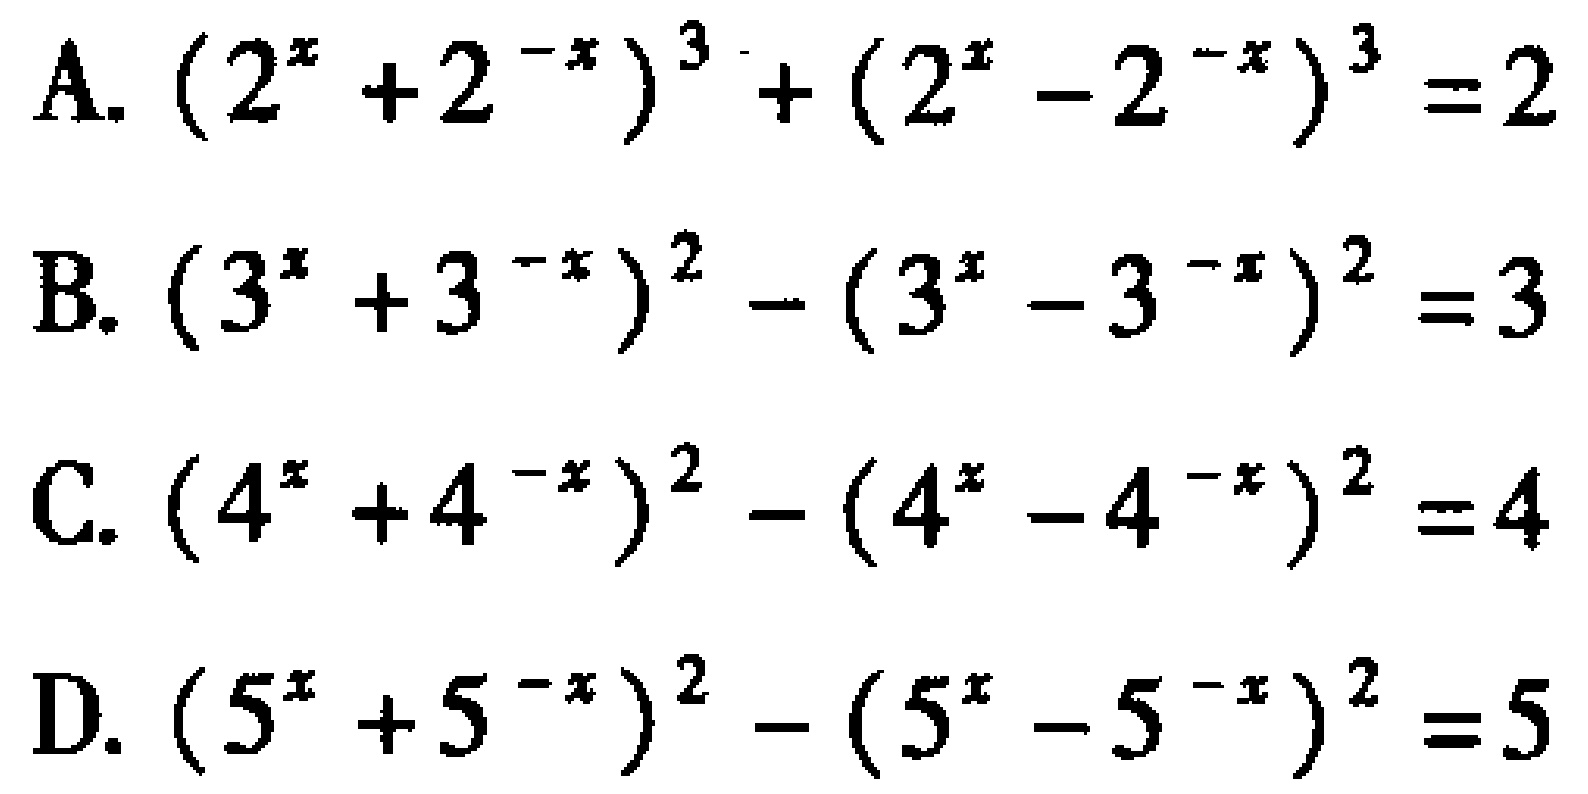
A. \((2^{x}+2^{-x})^{3}+(2^{x}-2^{-x})^{3}=2\)

B. \((3^{x}+3^{-x})^{2}-(3^{x}-3^{-x})^{2}=3\)

C. \((4^{x}+4^{-x})^{2}-(4^{x}-4^{-x})^{2}=4\)

D. \((5^{x}+5^{-x})^{2}-(5^{x}-5^{-x})^{2}=5\)